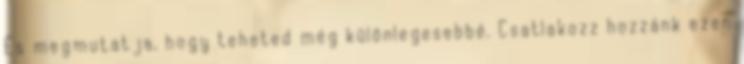
És megmutatja, hogy teheted még különlegesebbé. Csatlakozz hozzánk ezen